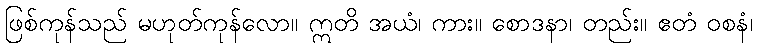
ဖြစ်ကုန်သည် မဟုတ်ကုန်လော။ ဣတိ အယံ၊ ကား။ စောဒနာ၊ တည်း။ ဧတံ ဝစနံ၊